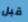
قبل